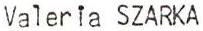
Valeria SZARKA